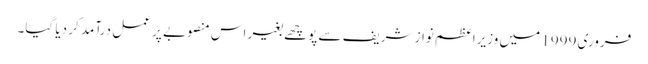
فروری 1999 میں وزیراعظم نواز شریف سے پوچھے بغیر اس منصوبے پر عمل درآمد کر دیا گیا۔